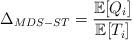
LaTeX: \begin{align*}\Delta_{MDS-ST}= \frac{\mathbb{E}[Q_i]}{\mathbb{E}[T_i]}\end{align*}